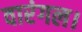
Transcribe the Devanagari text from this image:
वारंगल।